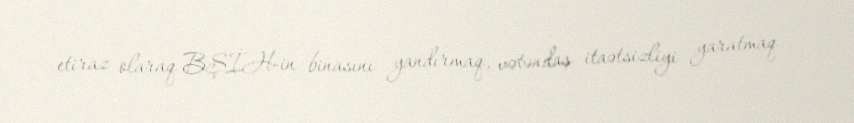
etiraz olaraq BŞİH-in binasını yandırmaq, vətəndaş itaətsizliyi yaratmaq